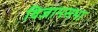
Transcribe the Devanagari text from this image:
विज्ञानसभा